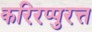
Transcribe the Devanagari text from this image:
करिरप्पुरत्त